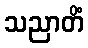
သညာတိံ